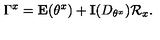
\Gamma ^ { x } = \mathbf { E } ( \theta ^ { x } ) + \mathbf { I } ( D _ { \theta ^ { x } } ) \mathcal { R } _ { x } .